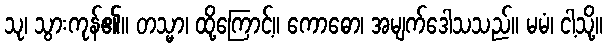
သု၊ သွားကုန်၏။ တသ္မာ၊ ထို့ကြောင့်။ ကောဓော၊ အမျက်ဒေါသသည်။ မမံ၊ ငါ့သို့။